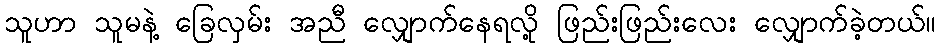
သူဟာ သူမနဲ့ ခြေလှမ်း အညီ လျှောက်နေရလို့ ဖြည်းဖြည်းလေး လျှောက်ခဲ့တယ်။